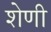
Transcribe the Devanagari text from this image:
शेणी